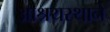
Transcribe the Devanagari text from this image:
आश्रयस्थाने